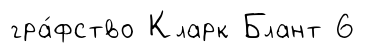
гра́фство Кларк Блант 6